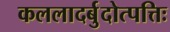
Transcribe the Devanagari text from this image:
कललादर्बुदोत्पत्तिः